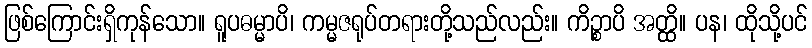
ဖြစ်ကြောင်းရှိကုန်သော။ ရူပဓမ္မာပိ၊ ကမ္မဇရုပ်တရားတို့သည်လည်း။ ကိဉ္စာပိ အတ္ထိ။ ပန၊ ထိုသို့ပင်